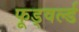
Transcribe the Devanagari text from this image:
फूड्वर्ल्ड